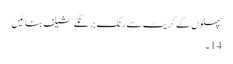
پھلوں کے کریٹ سے رنگ برنگے شیلف بنائیں
14۔